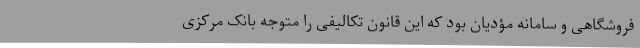
فروشگاهی و سامانه مؤدیان بود که این قانون تکالیفی را متوجه بانک مرکزی